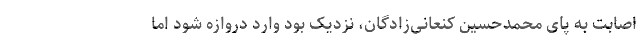
اصابت به پای محمدحسین کنعانی‌زادگان، نزدیک بود وارد دروازه شود اما